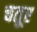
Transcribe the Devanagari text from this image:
चतूर